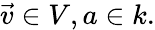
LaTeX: {\vec{v}}\in V,a\in k.